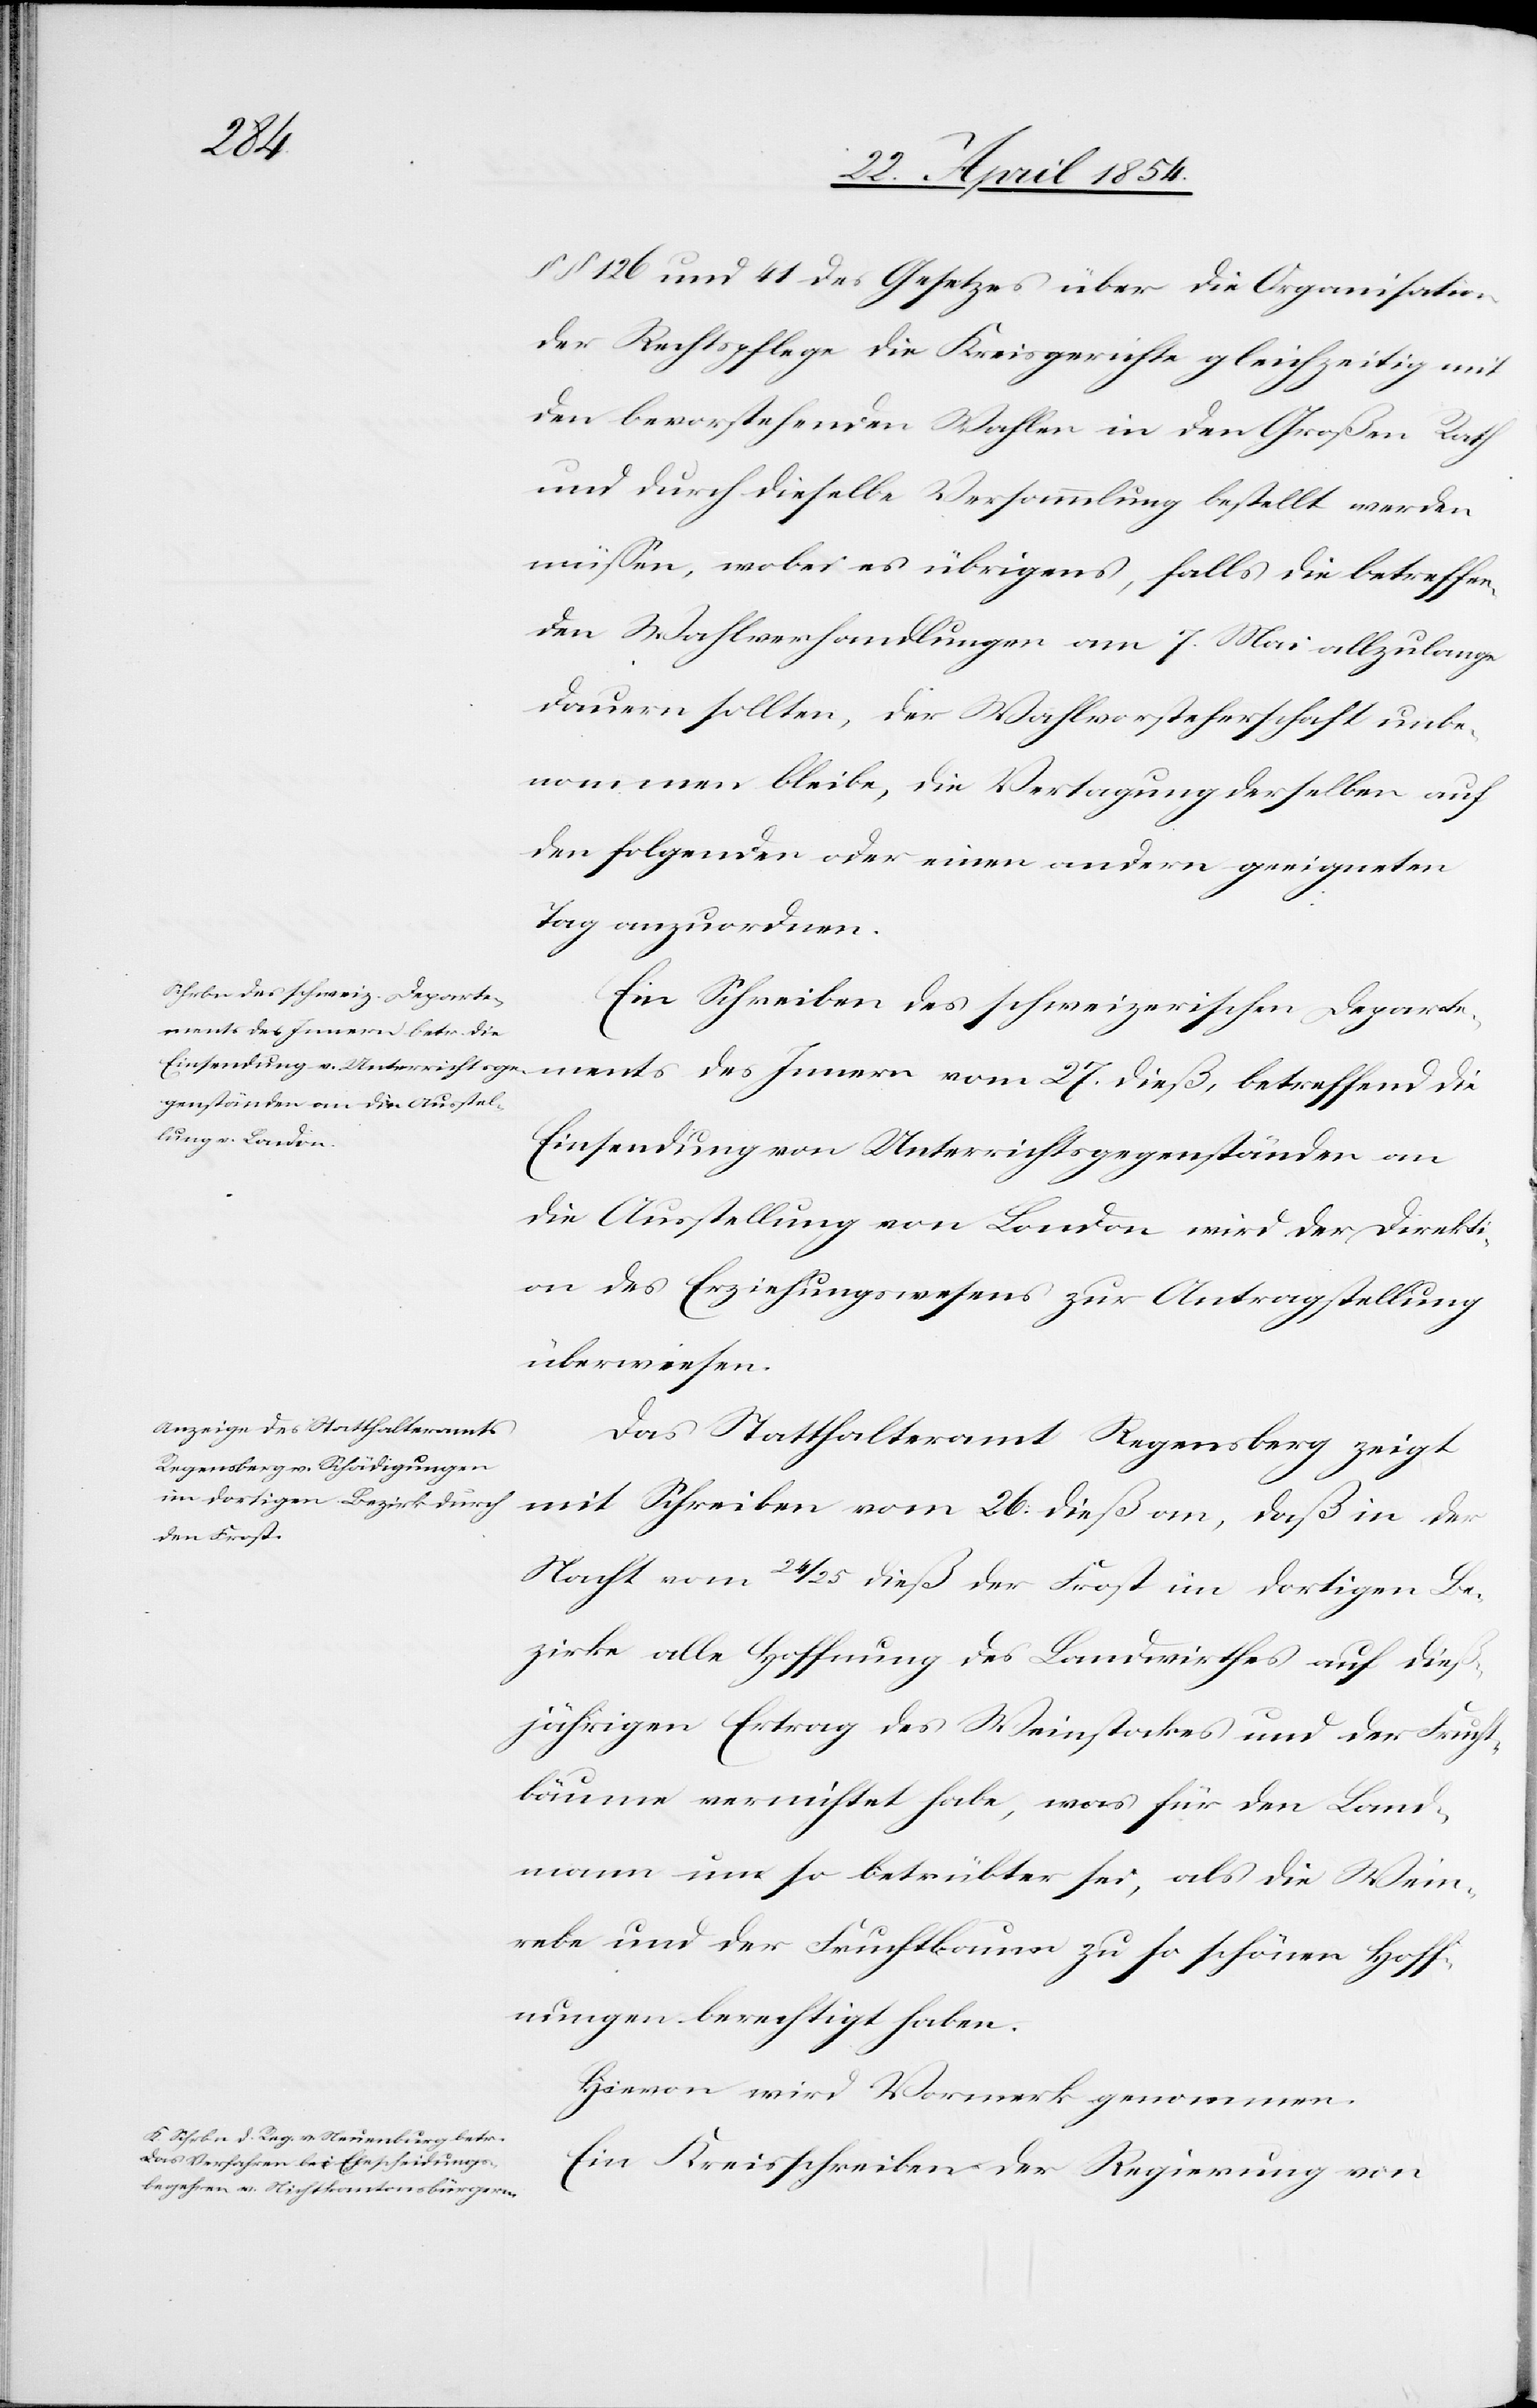
den
28. April 1854.
126 und 41 des Gesetzes über die Organisation
der Rechtspflege die Kreisgerichte gleichzeitig mit
den bevorstehenden Wahlen in den Großen Rath
und durch dieselbe Versammlung bestellt werden
müßen, wobei es übrigens, falls die betreffen¬
den Wahlverhandlungen am 7. Mai allzulange
dauern sollten, der Wahlvorsteherschaft unbe¬
nommen bleibe, die Vertagung derselben auf
den folgenden oder einen anderen geeigneten
Tag anzuordnen.
Ein Schreiben des schweizerischen Departe¬
Einsendung von Unterrichtsgegenständen an
die Ausstellung von London wird der Direkti¬
on des Erziehungswesens zur Antragstellung
überwiesen.
Das Statthalteramt Regensberg zeigt
mit Schreiben vom 26. dieß an, daß in der
Nacht vom 24/25 dieß der Frost im dortigen Be¬
zirke alle Hoffnung des Landwirthes auf dieß¬
jährigen Ertrag des Weinstockes und der Frucht¬
bäume vernichtet habe, was für den Land¬
mann um so betrübter sei, als die Wein¬
rebe und der Fruchtbaum zu so schönen Hoff¬
nungen berechtigt haben.
Hievon wird Vormerk genommen.
Ein Kreisschreiben der Regierung von